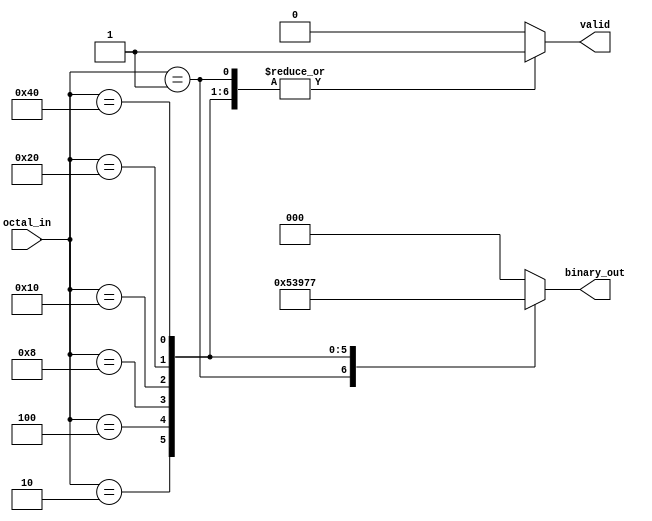
module octal_to_binary_encoder (
    input  wire [7:0] octal_in,   // 8-bit input for octal values
    output reg  [2:0] binary_out,  // 3-bit output for binary equivalent
    output reg        valid         // 1-bit output for validity
);

    always @(*) begin
        // Default outputs
        binary_out = 3'b000; // Default to 000
        valid = 1'b0;        // Default to invalid

        // Check the input to determine the output
        case (octal_in)
            8'b00000001: begin binary_out = 3'b001; valid = 1'b1; end // octal 1
            8'b00000010: begin binary_out = 3'b010; valid = 1'b1; end // octal 2
            8'b00000100: begin binary_out = 3'b011; valid = 1'b1; end // octal 3
            8'b00001000: begin binary_out = 3'b100; valid = 1'b1; end // octal 4
            8'b00010000: begin binary_out = 3'b101; valid = 1'b1; end // octal 5
            8'b00100000: begin binary_out = 3'b110; valid = 1'b1; end // octal 6
            8'b01000000: begin binary_out = 3'b111; valid = 1'b1; end // octal 7
            default: begin
                // If octal_in is 0 or more than one bit is high, output remains 000 and valid is 0
                // This handles both the octal 0 case and invalid states
                binary_out = 3'b000; // Can be treated as invalid
                valid = 1'b0;        // Invalid state
            end
        endcase
    end

endmodule